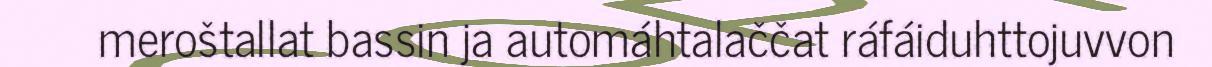
meroštallat bassin ja automáhtalaččat ráfáiduhttojuvvon